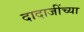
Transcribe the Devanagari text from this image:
दादाजींच्या